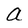
Character: a